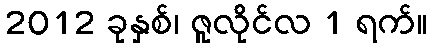
2012 ခုနှစ်၊ ဇူလိုင်လ 1 ရက်။